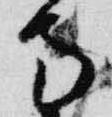
寺